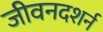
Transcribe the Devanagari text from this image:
जीवनदशर्न